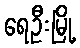
ရေဦးမြို့